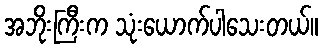
အဘိုးကြီးက သုံးယောက်ပါသေးတယ်။